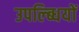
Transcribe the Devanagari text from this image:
उपल्ब्धियों